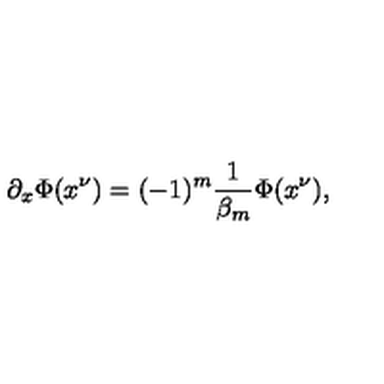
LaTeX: \partial _ { x } \Phi ( x ^ { \nu } ) = ( - 1 ) ^ { m } \frac { 1 } { \beta _ { m } } \Phi ( x ^ { \nu } ) ,